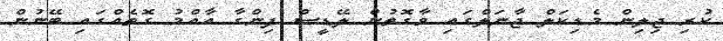
ކުރި ޖިލިން މެޑިކަލް ޖާނަލްގައި ވާގޮތުން ލޭޑީސް ފިންގާ އާއްމު ގޮތެއްގައި ބޭނުން